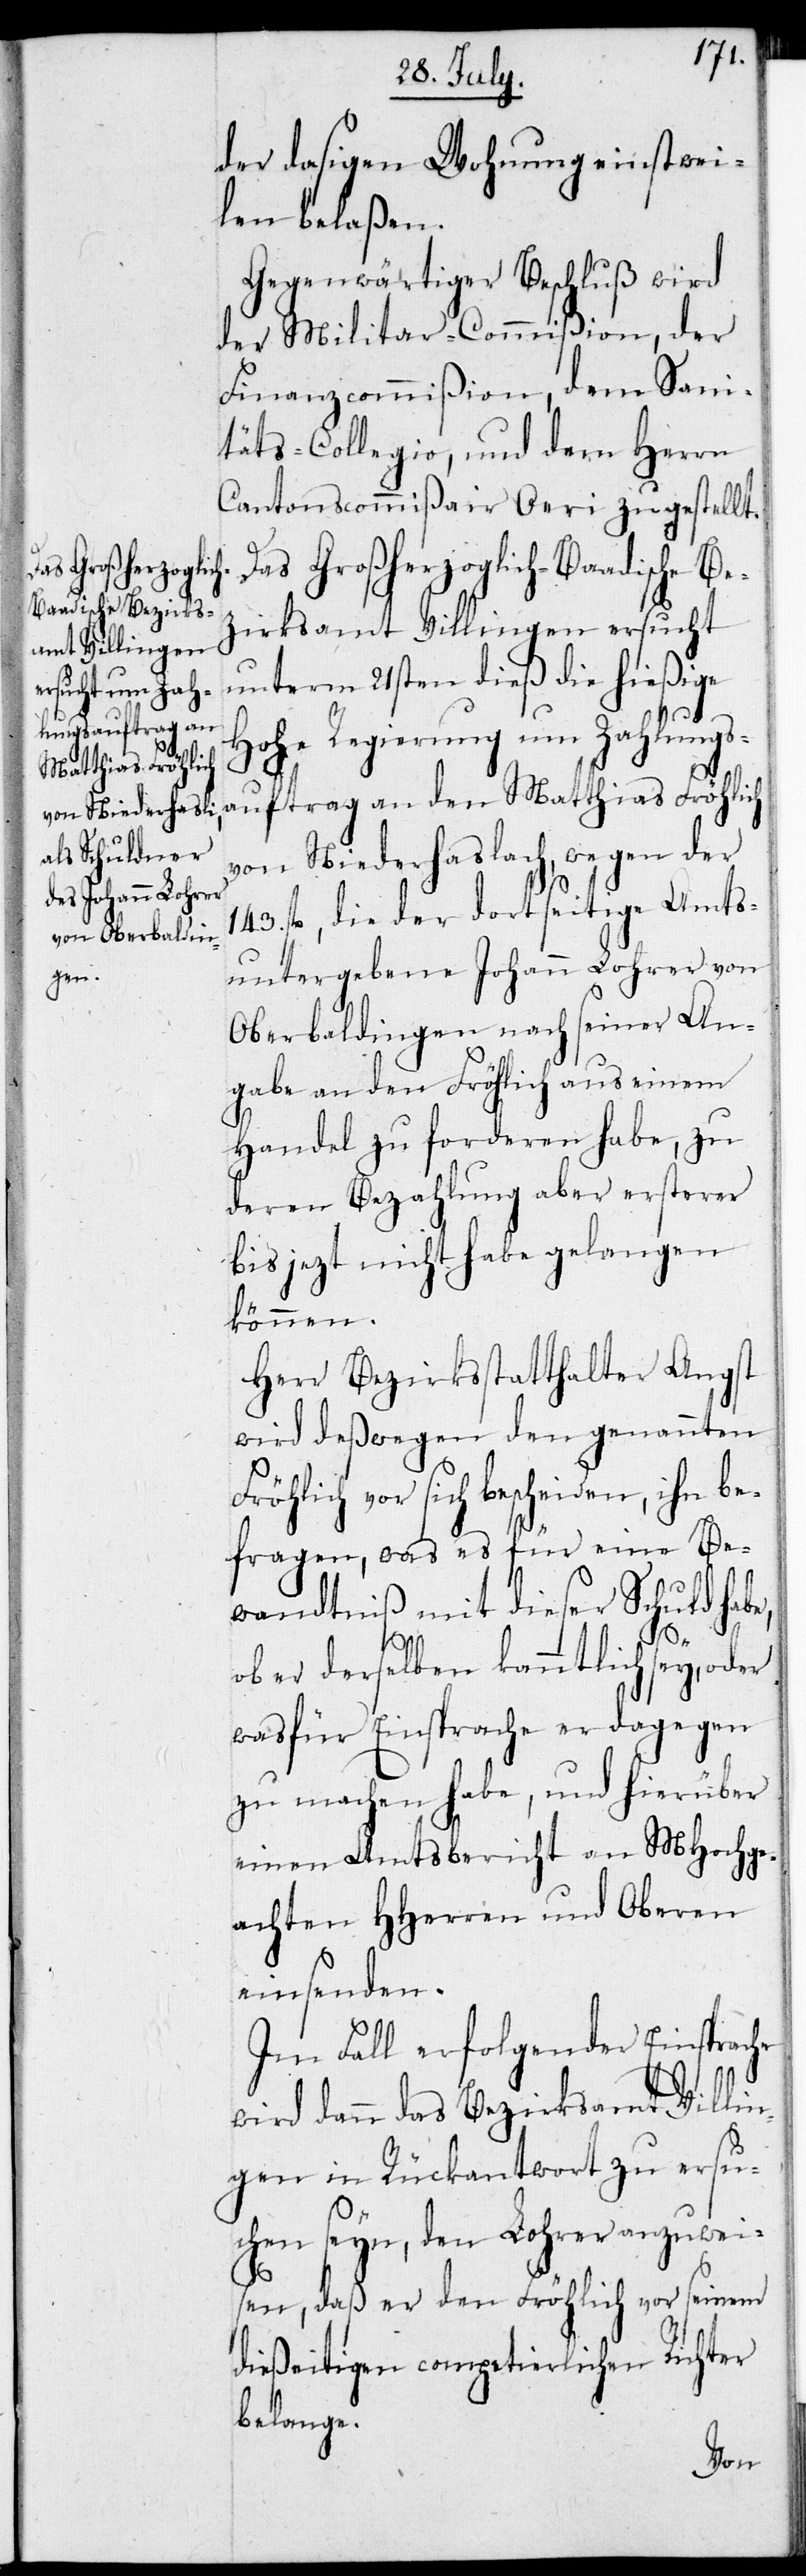
der dasigen Wohnung einstwei¬
len belaßen.
Gegenwärtiger Beschluß wird
der Militar-Commißion, der
Finanzcommißion, dem Sani¬
täts-Collegio, und dem Herrn
Cantonscommißair Oeri zugestellt.
Das Großherzoglich-Baadische Be¬
zirksamt Villingen ersucht
unterm 21sten dieß die hießige
Hohe Regierung um Zahlungs¬
auftrag an den Matthias Fröhlich
von Niederhaslach, wegen der
143. fl., die der dortseitige Amts¬
untergebene Johann Lohrer von
Oberbaldingen nach seiner An¬
gabe an den Fröhlich aus einem
Handel zu forderen habe, zu
deren Bezahlung aber ersterer
bis jezt nicht habe gelangen
können.
Herr Bezirksstatthalter Angst
wird deßwegen den genannten
röhlich vor sich bescheiden, ihn be¬
fragen, was es für eine Be¬
wandtniß mit dieser Schuld habe,
F¬
ob er derselben kanntlich sey, oder
wasfür Einsprache er dagegen
zu machen habe, und hierüber
einen Amtsbericht an MHochge¬
achten HHerren und Oberen
einsenden.
Im Fall erfolgender Einsprache
wird dann das Bezirksamts Villi¬
ngen in Rückantwort zu ersu¬
chen seyn, den Lohrer anzuwei¬
sen, daß er den Fröhlich vor seinem
dießeitigen competierlichen Richter
belange.